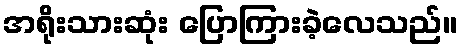
အရိုးသားဆုံး ပြောကြားခဲ့လေသည်။